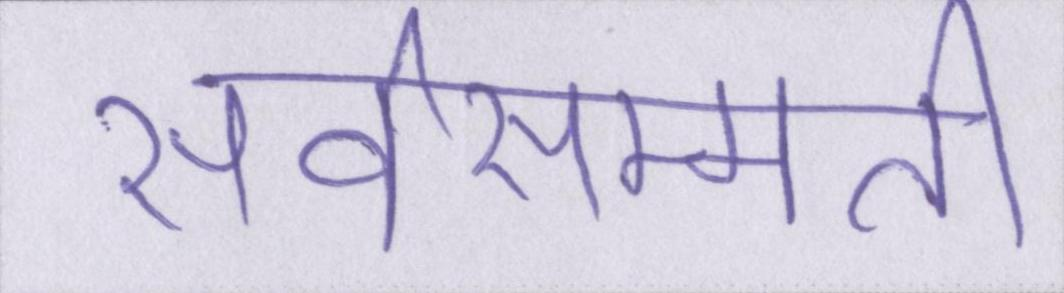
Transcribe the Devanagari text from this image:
सर्वसम्मति